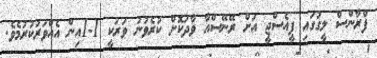
ފްރާންސް ލީގުގައި ޕީއެސްޖީ އަށް ރޭނޭސްއާ ވާދަކޮށް ކުރެވުނު ވަރަކީ 1-1އިން އެއްވަރުކުރުމެވެ.